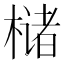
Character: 槠